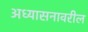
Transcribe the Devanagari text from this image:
अध्यासनावरील